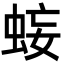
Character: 𧊷